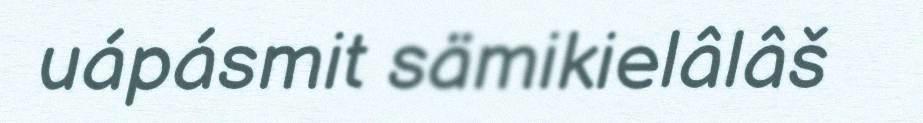
uápásmit sämikielâlâš